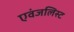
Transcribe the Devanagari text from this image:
एवंजलिस्ट